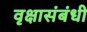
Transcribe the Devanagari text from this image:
वृक्षासंबंधी